Civil Veterinary Dept. Bombay admin report 1893-99 - 1893-1899
Year: 1893
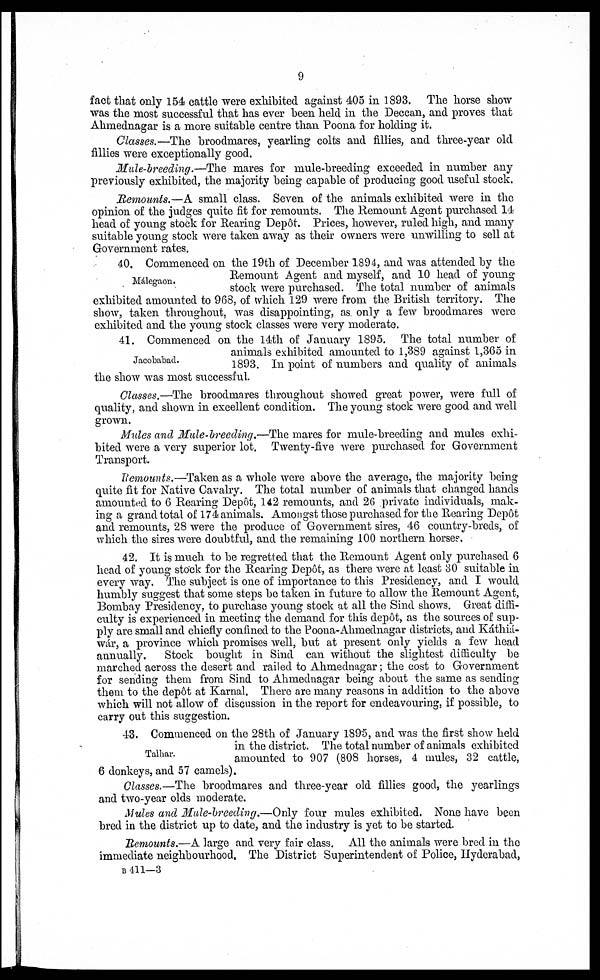
9
fact that only 154 cattle were exhibited against 405 in 1893. The horse show
was the most successful that has ever been held in the Deccan, and proves that
Ahmednagar is a more suitable centre than Poona for holding it.
Classes.—The broodmares, yearling colts and fillies, and three-year old
fillies were exceptionally good.
Mule-breeding.—The mares for mule-breeding exceeded in number any
previously exhibited, the majority being capable of producing good useful stock.
Remounts.—A small class. Seven of the animals exhibited were in the
opinion of the judges quite fit for remounts. The Remount Agent purchased 14
head of young stock for Rearing Depôt. Prices, however, ruled high, and many
suitable young stock were taken away as their owners were unwilling to sell at
Government rates.
Málegaon.
40. Commenced on the 19th of December 1894, and was attended by the
Remount Agent and myself, and 10 head of young
stock were purchased. The total number of animals
exhibited amounted to 968, of which 129 were from the British territory. The
show, taken throughout, was disappointing, as. only a few broodmares were
exhibited and the young stock classes were very moderate.
Jacobabad.
41. Commenced on the 14th of January 1895. The total number of
animals exhibited amounted to 1,389 against 1,365 in
1893. In point of numbers and quality of animals
the show was most successful.
Classes.—The broodmares throughout showed great power, were full of
quality, and shown in excellent condition. The young stock were good and well
grown.
Mules and Mule-breeding.—The mares for mule-breeding and mules exhi-
bited were a very superior lot. Twenty-five were purchased for Government
Transport.
Remounts.—Taken as a whole were above the average, the majority being
quite fit for Native Cavalry. The total number of animals that changed hands
amounted to 6 Rearing Depôt, 142 remounts, and 26 private individuals, mak-
ing a grand total of 174 animals. Amongst those purchased for the Rearing Depôt
and remounts, 28 were the produce of Government sires, 46 country-breds, of
which the sires were doubtful, and the remaining 100 northern horses.
42. It is much to be regretted that the Remount Agent only purchased 6
head of young stock for the Rearing Depôt, as there were at least 30 suitable in
every way. The subject is one of importance to this Presidency, and I would
humbly suggest that some steps be taken in future to allow the Remount Agent,
Bombay Presidency, to purchase young stock at all the Sind shows. Great diffi-
culty is experienced in meeting the demand for this depôt, as the sources of sup-
ply are small and chiefly confined to the Poona-Ahmednagar districts, and Káthiá-
wár, a province which promises well, but at present only yields a few head
annually.
Stock bought in Sind can without the slightest difficulty be
marched across the desert and railed to Ahmednagar; the cost to Government
for sending them from Sind to Ahmednagar being about the same as sending
them to the dep6t at Karnal. There are many reasons in addition to the above
which will not allow of discussion in the report for endeavouring, if possible, to
carry out this suggestion.
Talhar.
43. Commenced on the 28th of January 1895, and was the first show held
in the district. The total number of animals exhibited
amounted to 907 (808 horses, 4 mules, 32 cattle,
6 donkeys, and 57 camels).
Classes.—The broodmares and three-year old fillies good, the yearlings
and two-year olds moderate.
Mules and Mule-breeding.—Only four mules exhibited. None have been
bred in the district up to date, and the industry is yet to be started.
Remounts.—A large and very fair class. All the animals were bred in the
immediate neighbourhood. The District Superintendent of Police, Hyderabad,
B 411—3